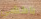
باكشي